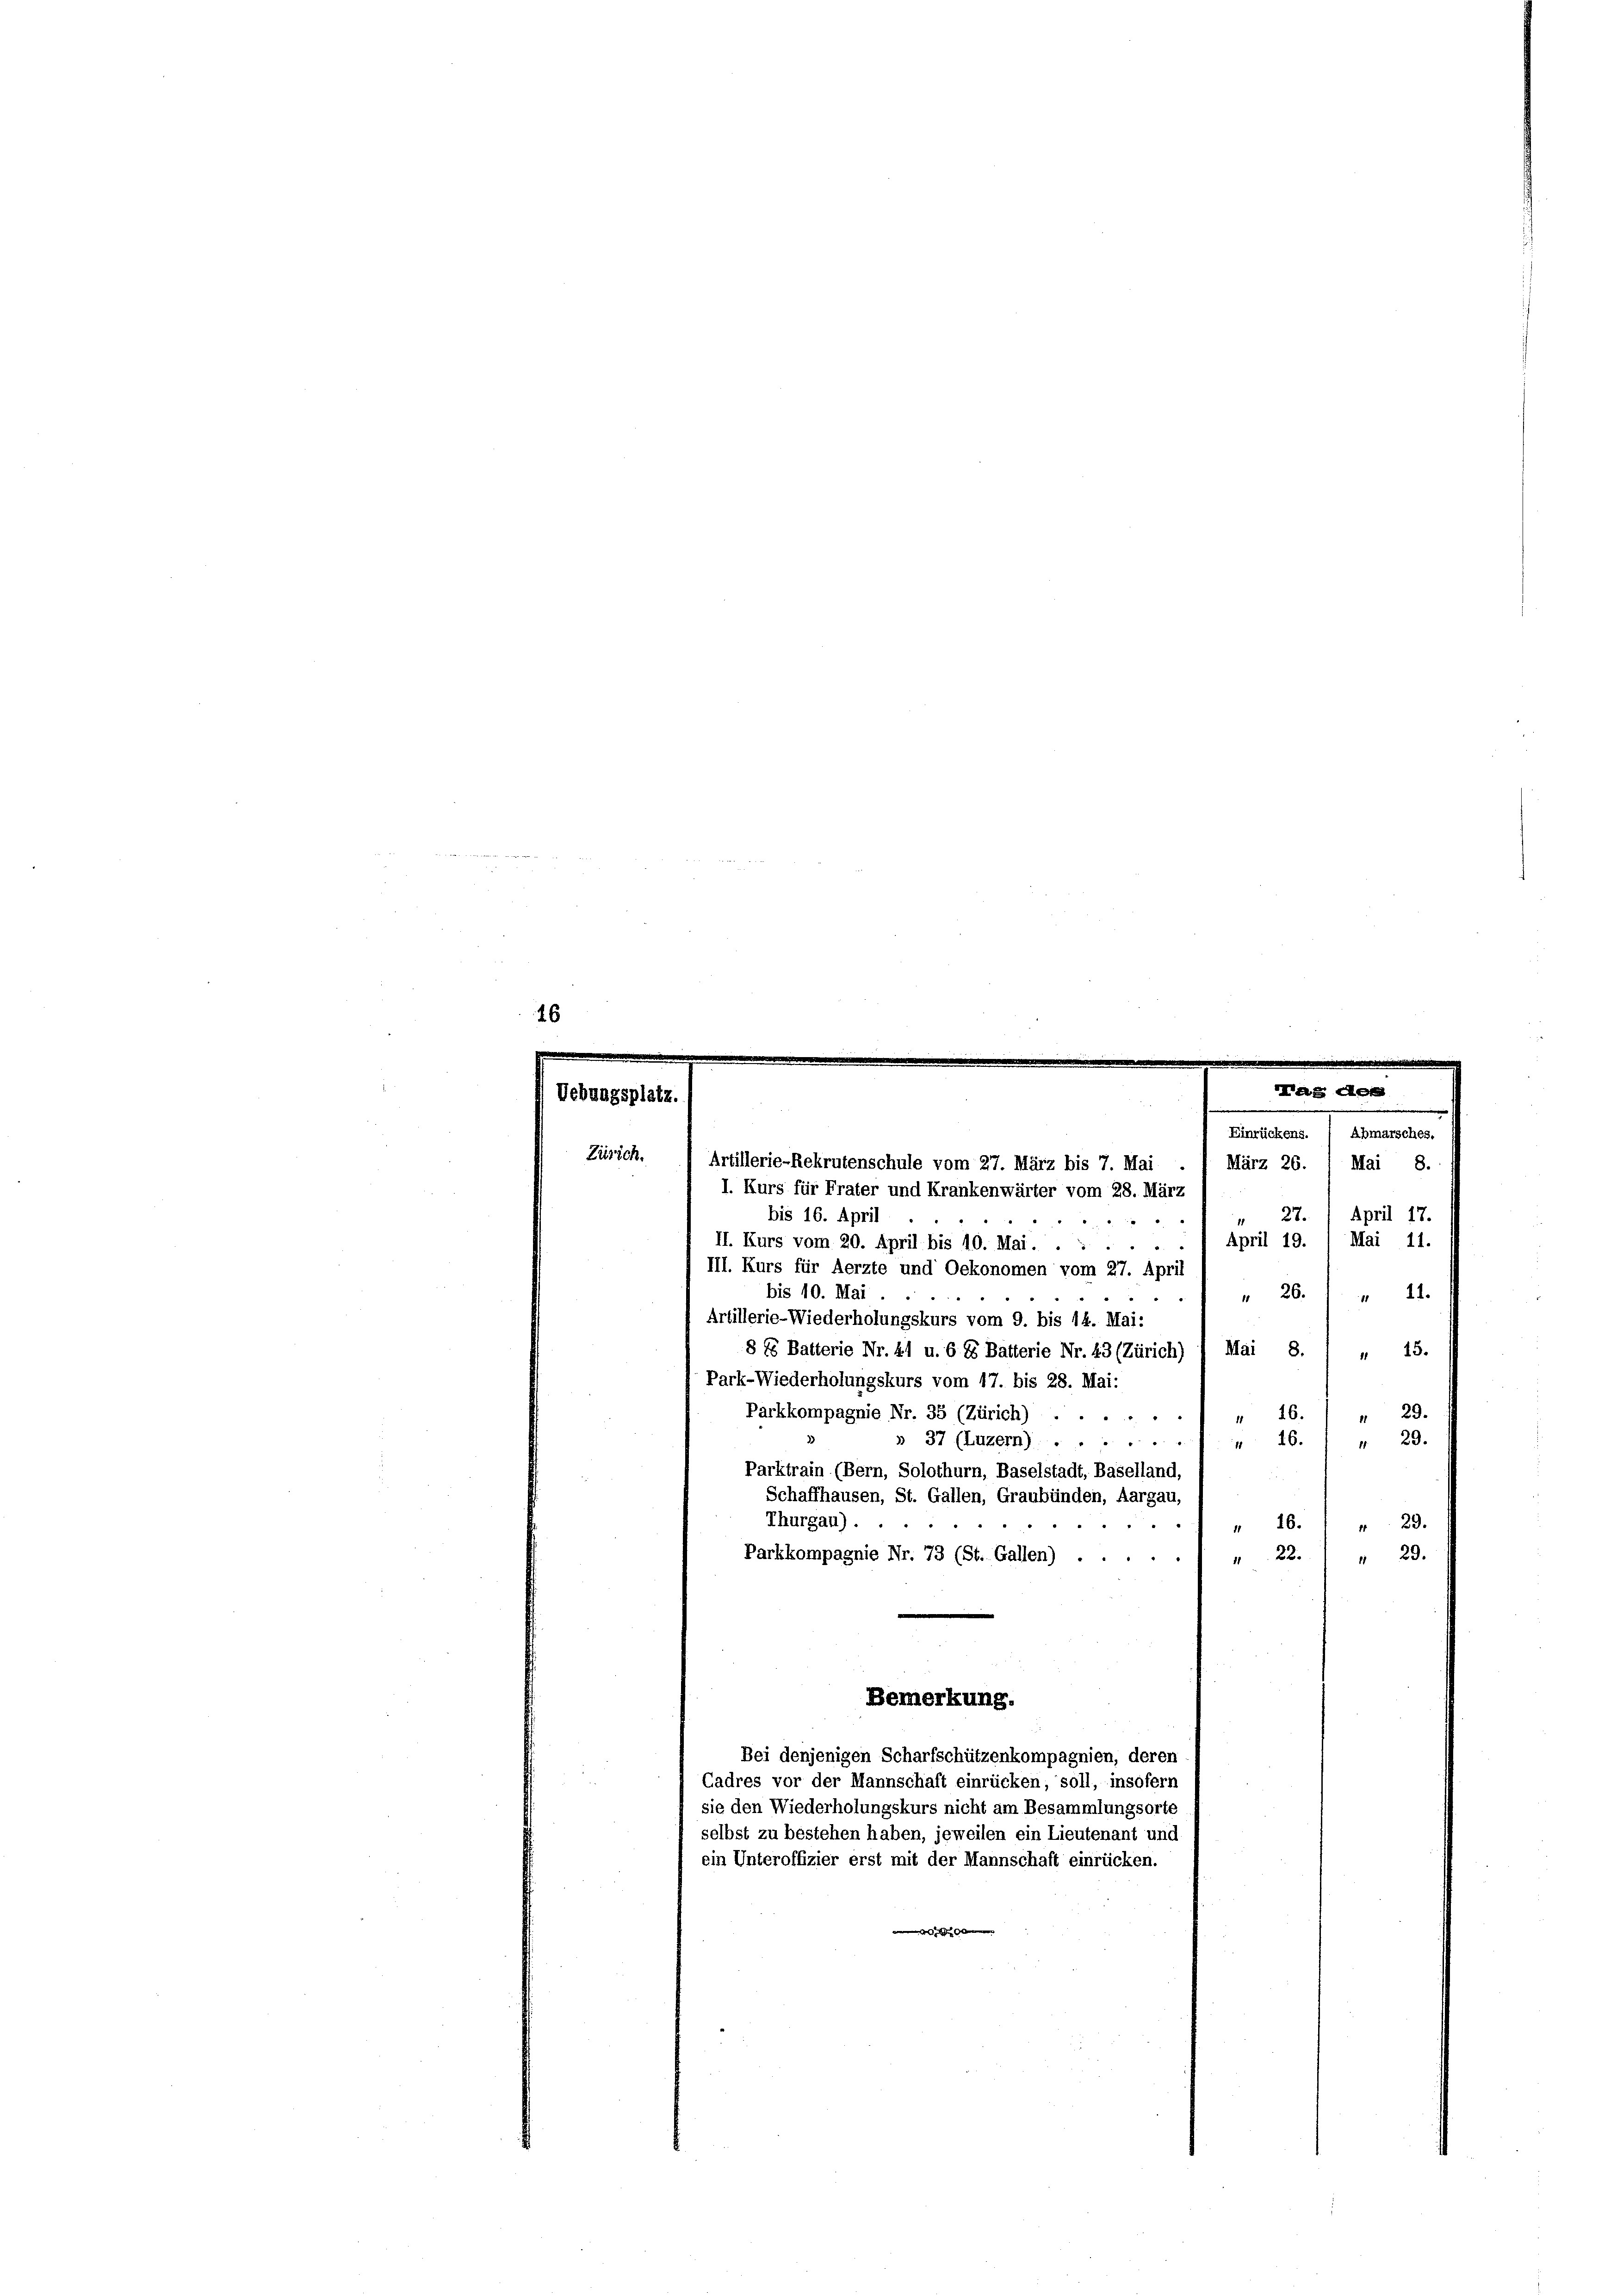
16
e

Uebungsplatz.

Artillerie-Rekrutenschule vom 27. März bis 7. Mai
I. Kurs für Frater und Krankenwärter vom 28. März

Hag der
Einrückens. 1 Abmarsches.
März 26. 1 Mai 8.

Zürich.
April 17.
bis 16. April
27.

April 19.
Mai 11.
II. Kurs vom 20. April bis 10. Mai.
.
III. Kurs für Aerzte und Oekonomen vom 27. April
bis 10. Mai
21.
" 26.
Artillerie-Wiederholungskurs vom 9. bis 14. Mai:
8 15 Batterie Nr. 41 u. 6 85 Batterie Nr. 43 (Zürich) 1 Mai 8.
4 15.
Park-Wiederholungskurs vom 17. bis 28. Mai:
16.
Parkkompagnie Nr. 35 (Zürich).
" 29.
1
 29.
» 37 (Luzern).) " 16.
Parktrain (Bern, Solothurn, Baselstadt, Baselland,
Schaffhausen, St. Gallen, Graubünden, Aargau,
Thurgau).
" 16. 1 " 29.
Parkkompagnie Nr. 73 (St. Gallen) .
 22. " " 23.
Bemerkung.
Bei denjenigen Scharfschützenkompagnien, deren
Cadres vor der Mannschaft einrücken, soll, insofern
sie den Wiederholungskurs nicht am Besammlungsorte
selbst zu bestehen haben, jeweilen ein Lieutenant und
ein Unteroffizier erst mit der Mannschaft einrücken.